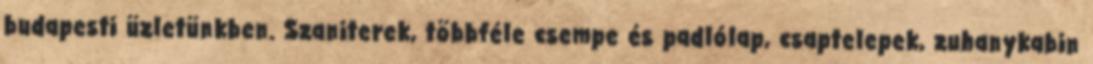
budapesti üzletünkben. Szaniterek, többféle csempe és padlólap, csaptelepek, zuhanykabin